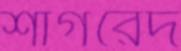
শাগরেদ